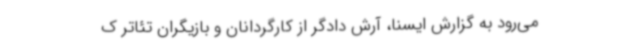
می‌رود به گزارش ایسنا، آرش دادگر از کارگردانان و بازیگران تئاتر ک